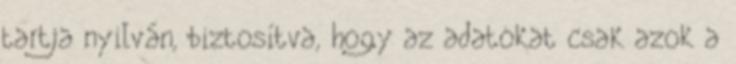
tartja nyilván, biztosítva, hogy az adatokat csak azok a